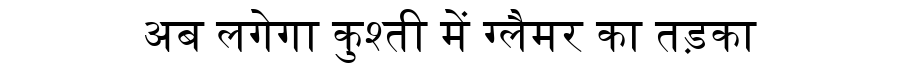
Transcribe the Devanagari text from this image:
अब लगेगा कुश्ती में ग्लैमर का तड़का